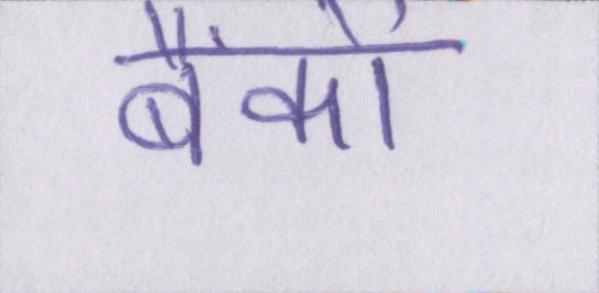
बैंकों